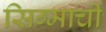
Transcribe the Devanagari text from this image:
सिग्माची